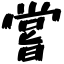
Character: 嘗